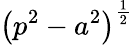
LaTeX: \left(p^{2}-a^{2}\right)^{\frac{1}{2}}